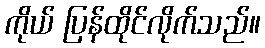
ကိုယ် ပြန်ထိုင်လိုက်သည်။